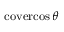
\operatorname { c o v e r c o s } \theta